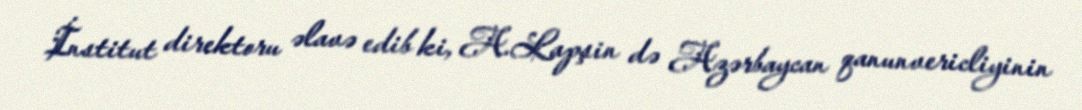
İnstitut direktoru əlavə edib ki, A.Lapşin də Azərbaycan qanunvericliyinin